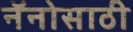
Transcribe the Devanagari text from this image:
नॅनोसाठी